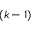
( k - 1 )